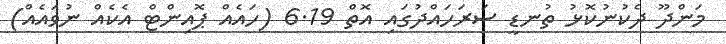
މަންދޫ ދެކުނުކޮޅު ތުނޑީ ސަރަހައްދުގައި އޮތް 6.19 (ހައެއް ޕޮއިންޓް އެކެއް ނުވައެއް)